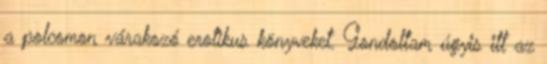
a polcomon várakozó erotikus könyveket. Gondoltam úgyis itt az